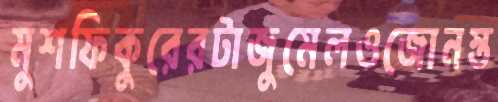
মুশফিকুরেরটাজুমেলওজোনস্ত